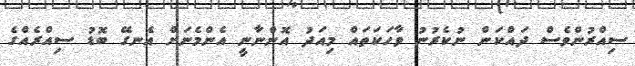
ސިއްރުންވެސް ދައްކަން ނުކެރުނު ވާހަކަތައް މިއަދު އޮންނާނީ އެންމެނަށް އެނގޭ ބޮޑު ސިއްރެއްގެ